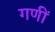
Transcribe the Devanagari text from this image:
गणीं